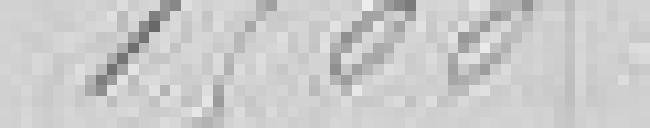
1500